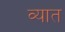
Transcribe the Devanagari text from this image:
व्यात